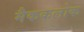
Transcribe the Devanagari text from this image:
मैककलोक